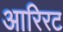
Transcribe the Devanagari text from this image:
आरिरट